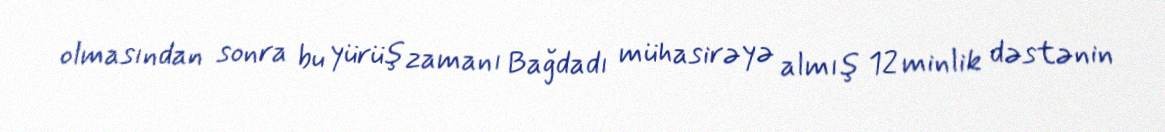
olmasından sonra bu yürüş zamanı Bağdadı mühasirəyə almış 12 minlik dəstənin